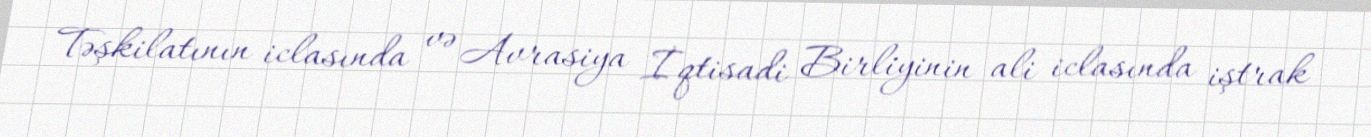
Təşkilatının iclasında və Avrasiya İqtisadi Birliyinin ali iclasında iştrak